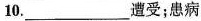
10___遭受；患病